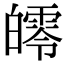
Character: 𤾨